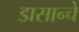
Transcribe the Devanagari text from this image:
डासान्चे